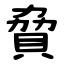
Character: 䝱